Civil Veterinary Department Bihar & Orissa reports 1911-21 - 1911-1921
Year: 1911
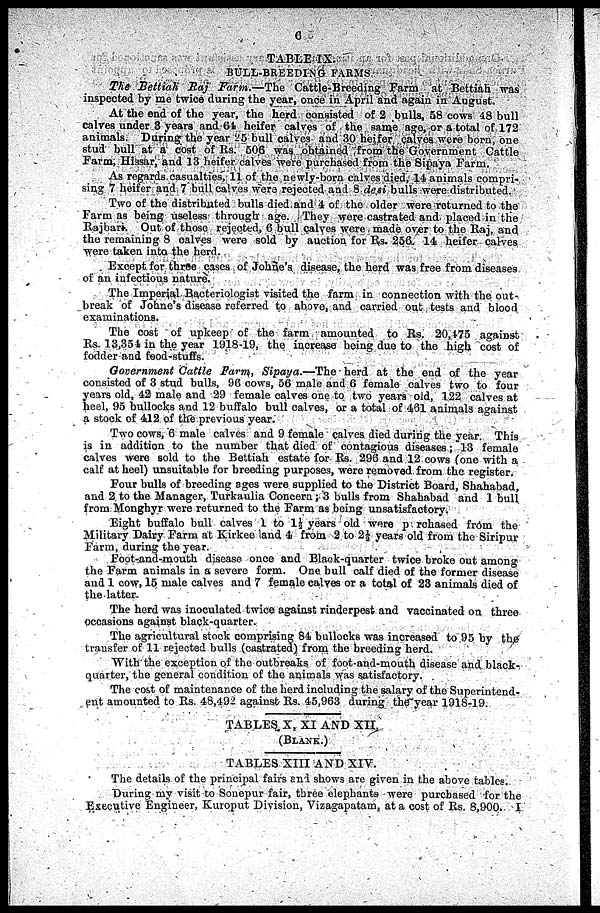
6
TABLE IX.
BULL-BREEDING FARMS.
The Bettiah Raj Farm.—The Cattle-Breeding Farm at Bettiah was
inspected by me twice during the year, once in April and again in August.
At the end of the year, the herd consisted of 2 bulls, 58 cows 48 bull
calves under 3 years and 64 heifer calves of the same age, or a total of 172
animals. During the year 25 bull calves and 30 heifer calves were born, one
stud bull at a cost of Rs. 506 was obtained from the Government Cattle
Farm, Hissar, and 13 heifer calves were purchased from the 8ipaya Farm.
As regards casualties, 11 of the newly-born calves died, 14 animals compri-
sin.g 7 heifer and 7 bull calves were rejected and 8 desi bulls were distributed.
Two of the distributed bulls died and 4 of the older were returned to the
Farm as being useless through age. They were castrated and placed in the
Rajbari Out of those rejected, 6 bull calves were made over to the Raj, and
the remaining 8 calves were sold by auction for Rs. 256. 14 heifer calves
were taken into the herd.
Except for three cases of Johne's disease, the herd was free from diseases
of an infectious nature.
The Imperial Bacteriologist visited the farm in connection with the out-
break of Johne's disease referred to above, and carried out tests and blood
examinations.
The cost of upkeep of the farm amounted to Rs. 20,475 against
Rs. 13,354 in the year 1918-19, the increase being due to the high cost of
fodder and feod-stuffs.
Government Cattle Farm, Sipaya.—The herd at the end of the year
consisted of 3 stud bulls, 96 cows, 56 male and 6 female calves two to four
years old, 42 male and 29 female calves one to two years old, 122 calves at
heel, 95 bullocks and 12 buffalo bull calves, or a total of 461 animals against
a stock of 412 of the previous year.
Two cows, 6 male calves and 9 female calves died during the year. This
is in addition to the number that died of contagious diseases; 13 female
calves were sold to the Bettiah estate for Rs. 296 and 12 cows (one with a
calf at heel) unsuitable for breeding purposes, were removed from the register.
Four bulls of breeding ages were supplied to the District Board, Shahabad,
and 2 to the Manager, Turkaulia Concern; 3 bulls from Shahabad and 1 bull
from Monghyr were returned to the Farm as being unsatisfactory.
Eight buffalo bull calves 1 to 1½ years old were purchased from the
Military Dairy Farm at Kirkee land 4 from 2 to 2½ years old from the Siripur
Farm, during the year.
Foot-and-mouth disease once and Black-quarter twice broke out among
the Farm animals in a severe form. One bull calf died of the former disease
and 1 cow, 15 male calves and 7 female calves or a total of 23 animals died of
the latter.
The herd was inoculated twice against rinderpest and vaccinated on three
occasions against black-quarter.
The agricultural stock comprising 84 bullocks was increased to 95 by the
transfer of 11 rejected bulls (castrated) from the breeding herd.
With the exception of the outbreaks of foot-and-mouth disease and black-
quarter, the general condition of the animals was satisfactory.
The cost of maintenance of the herd including the salary of the Superintend-
ent amounted to Rs. 48,492 against Rs. 45,963 during the year 1918-19.
TABLES X, XI AND XII
(BLANK.)
TABLES XIII AND XIV.
The details of the principal fairs and shows are given in the above tables.
During my visit to Sonepur fair, three elephants were purchased for the
Executive Engineer, Kuroput Division, Vizagapatam, at a cost of Rs. 8,900. I